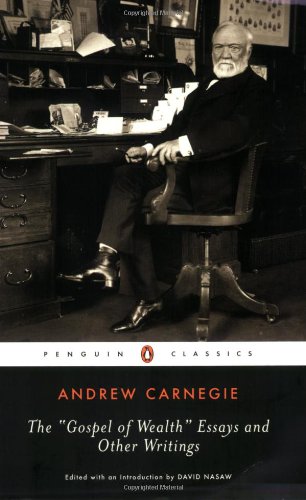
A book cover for The Gospel of Wealth Essays and Other Writings (Penguin Classics); Andrew Carnegie; Politics & Social Sciences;